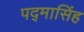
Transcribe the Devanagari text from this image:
पद्‌मासिंह